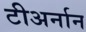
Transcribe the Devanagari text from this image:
टीअर्नान